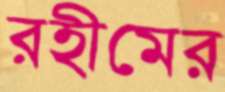
রহীমের